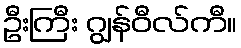
ဦးကြီး ဂျွန်ဝီလ်ကီ။